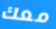
معك